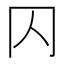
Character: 𠔿